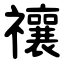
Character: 禳